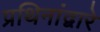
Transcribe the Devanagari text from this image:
प्रथिनांद्वारे